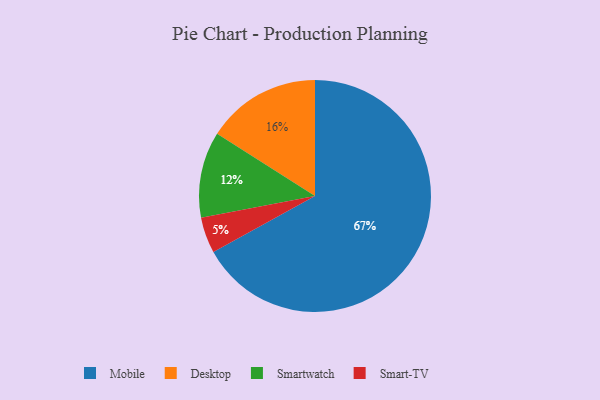
{"axis": {"x": "Category", "y": "Percentage"}, "legend": ["Desktop", "Mobile", "Smart-TV", "Smartwatch"], "data": [{"x": "Smart-TV", "y": 5, "type": "Smart-TV"}, {"x": "Mobile", "y": 67, "type": "Mobile"}, {"x": "Smartwatch", "y": 12, "type": "Smartwatch"}, {"x": "Desktop", "y": 16, "type": "Desktop"}]}